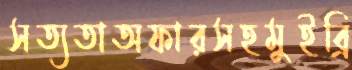
সত্যতাঅফারসহমুইব্রি